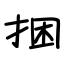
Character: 捆